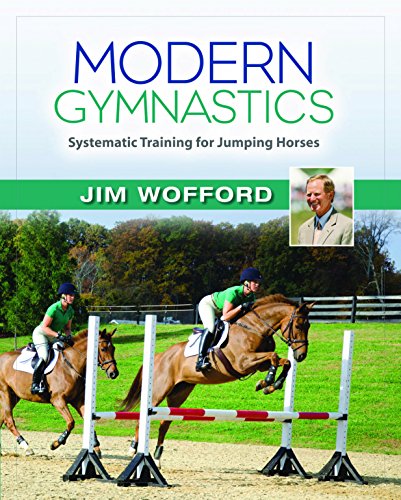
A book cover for Modern Gymnastics: Systematic Training for Jumping Horses; James Wofford; Sports & Outdoors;